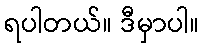
ရပါတယ်။ ဒီမှာပါ။